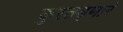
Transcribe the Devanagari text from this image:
कुरतड्णारे